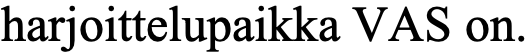
harjoittelupaikka VAS on.